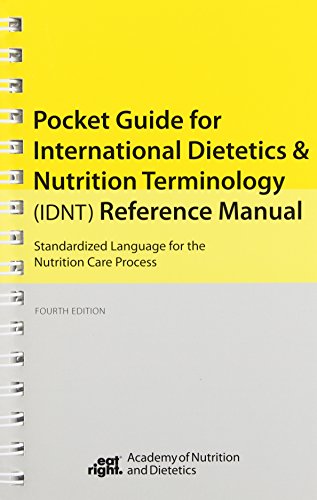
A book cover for International Dietetics and Nutritional Terminology Pocket Guide; AND; Medical Books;